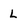
Character: L